Lunatic asylums Central Provinces reports 1910-1926 - 1910-1926
Year: 1910
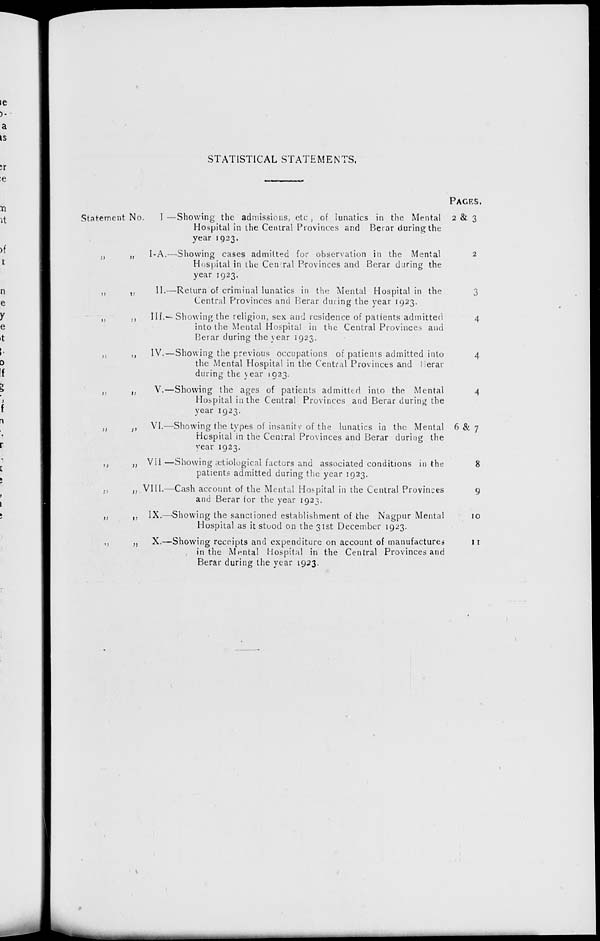
STATISTICAL STATEMENTS.
Statement No
„ „
„ „
„ „
„ „
„ „
„ „
„ „
„ „
„ „
„ „
I—
I-A.—
II.—
III.—
IV.—
V.—
VI.—
VII—
VIII.—
IX.—
X.—
Showing the admissions, etc., of lunatics in the Mental
Hospital in the Central Provinces and Berar during the
year 1923.
Showing cases admitted for observation in the Mental
Hospital in the Cenral Provinces and Berar during the
year 1923.
Return of criminal lunatics in the Mental Hospital in the
Central Provinces and Berar during the year 1923.
Showing the religion, sex and residence of patients admitted
into the Mental Hospital in the Central Provinces and
Berar during the year 1923.
Showing the previous occupations of patients admitted into
the Mental Hospital in the Central Provinces and Berar
during the year 1923.
Showing the ages of patients admitted into the Mental
Hospital in the Central Provinces and Berar during the
year 1923.
Showing the types of insanity of the lunatics in the Mental
Hospital in the Central Provinces and Berar during the
year 1923.
Showing ætiological factors and associated conditions in the
patients admitted during the year 1923.
Cash account of the Mental Hospital in the Central Provinces
and Berar for the year 1923.
Showing the sanctioned establishment of the Nagpur Mental
Hospital as it stood on the 31st December 1923.
Showing receipts and expenditure on account of manufactures
in the Mental Hospital in the Central Provinces and
Berar during the year 1923.
PAGES.
2 & 3
2
3
4
4
4
6 & 7
8
9
10
11